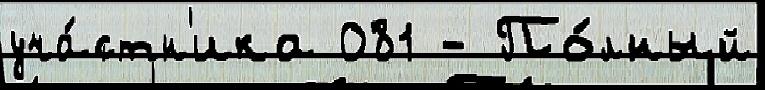
уча́стн'ика 081 - По́лный